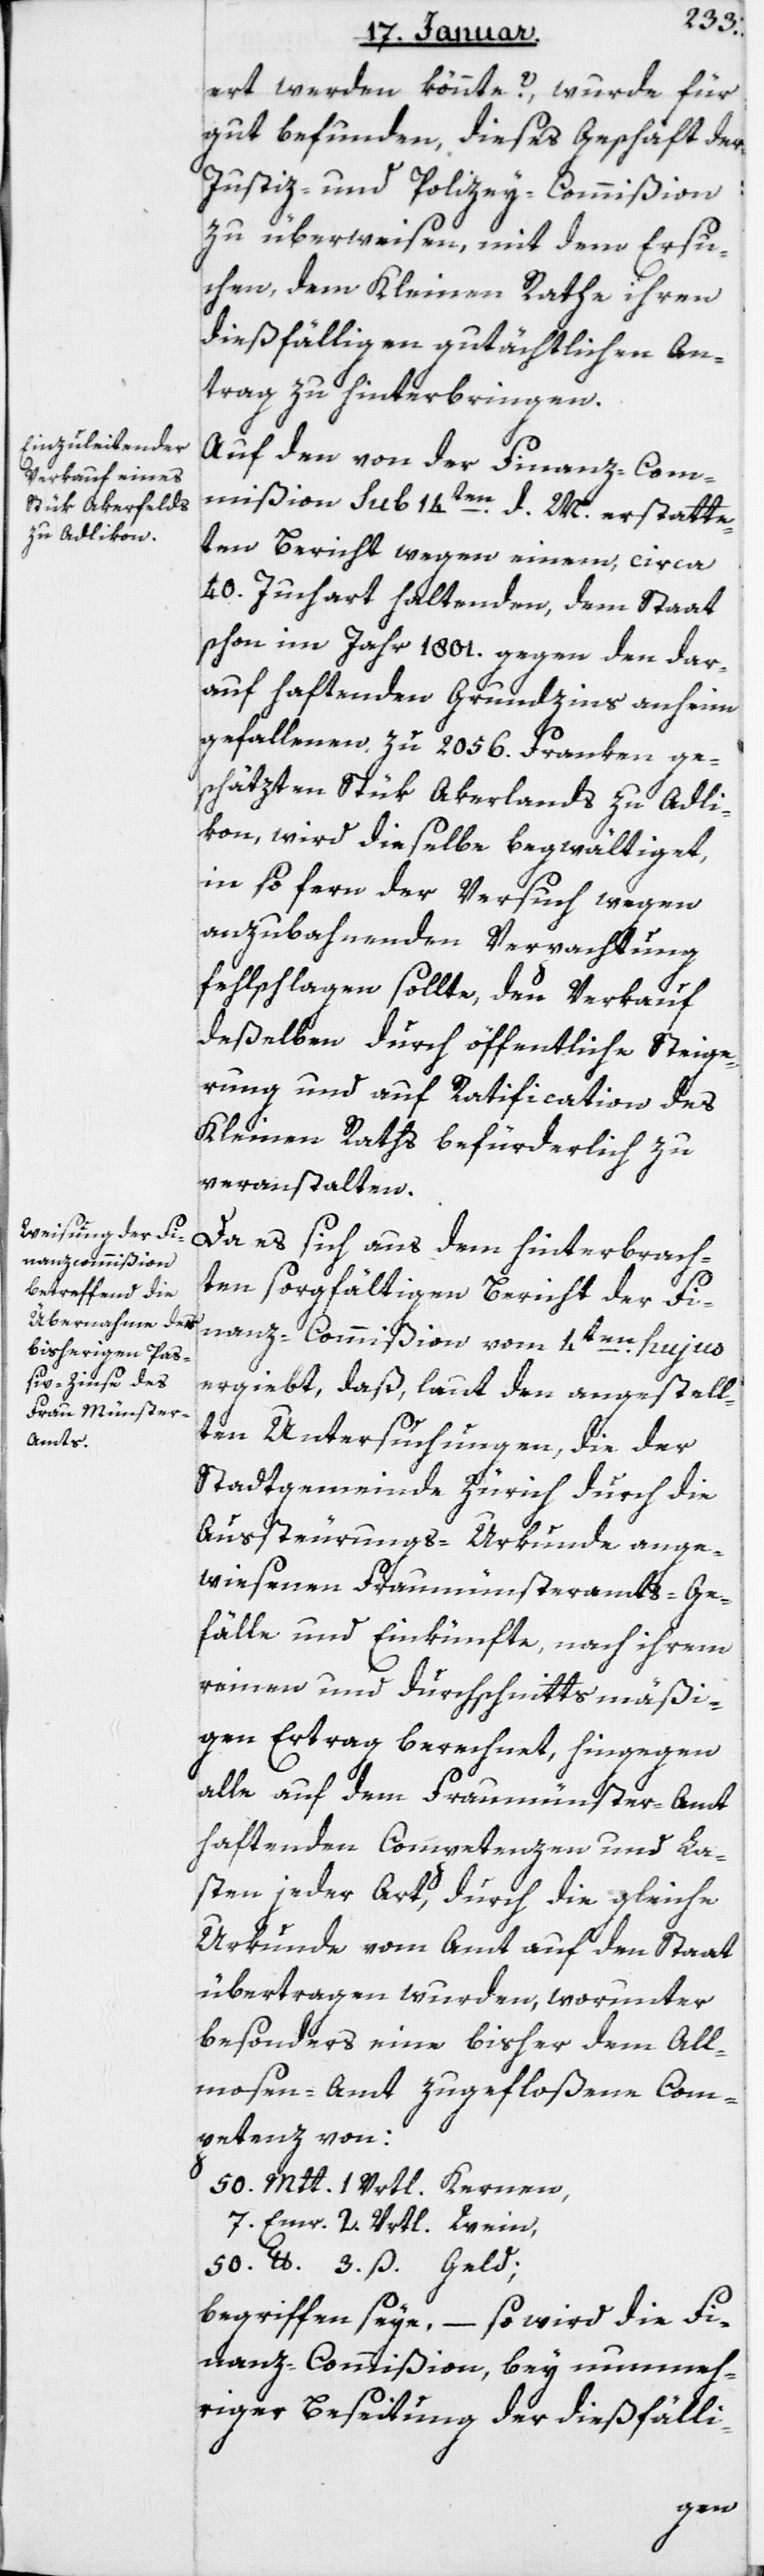
ert werden könnte?, wurde für
gut befunden, dieses Geschäft der
Justiz- und Polizey-Commißion
zu überweisen, mit dem Ersu¬
chen, dem Kleinen Rathe ihren
dießfälligen gutächtlichen An¬
trag zu hinterbringen.
Auf den von der Finanzcom¬
mißion Sub 14ten d. M. erstatte¬
ten Bericht wegen einem, circa
40 Juchart haltenden, dem Staat
schon im Jahr 1801 gegen den dar¬
auf haftenden Grundzins anheim
gefallenen, zu 2056 Franken ge¬
schätzten Stük Akerlands zu Adli¬
kon, wird dieselbe begwältiget,
in so fern der Versuch wegen
anzubahnenden Verpachtung
fehlschlagen sollte, den Verkauf
deßelben durch öffentliche Steige¬
rung und auf Ratification des
Kleinen Raths befürderlich zu
veranstalten.
Da es sich aus dem hinterbrach¬
ten sorgfältigen Bericht der Fi¬
nanzcommißion vom 4ten hujus
ergiebt, daß, laut den angestell¬
ten Untersuchungen die der
Stadtgemeinde Zürich durch die
Außteurungs-Urkunde ange¬
wiesenen Fraumünsteramts-Ge¬
fälle und Einkünfte, nach ihrem
reinen und durchschnittsmäßi¬
gen Ertrag berechnet, hingegen
alle auf dem Fraumünster-Amt
haftenden Competenzen und La¬
sten jeder Art, durch die gleiche
Urkunde vom Amt auf den Staat
übertragen wurden, worunter
besonders eine bisher dem Al¬
mosen-Amt zugefloßene Com¬
petenz von:
50 Mtt 1 Vrtl. Kernen,
7 Emr 2 Vrtl. Wein,
50 lb 3 ß Geld;
begriffen seye, – so wird die Fi¬
nanzcommißion, bey nunmeh¬
riger Beseitigung der dießfälli-